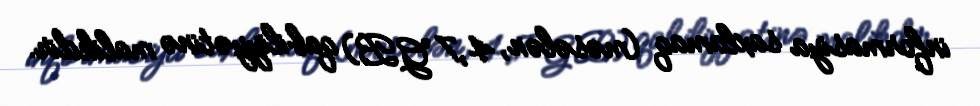
informasiya saxlamaq (məsələn, 4,7 GB) qabiliyyətinə malikdir.